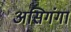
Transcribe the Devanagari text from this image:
असिगंगा